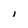
Character: l